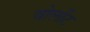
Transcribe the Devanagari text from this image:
वोलोंट